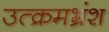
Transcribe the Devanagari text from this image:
उत्क्रमभ्रंश